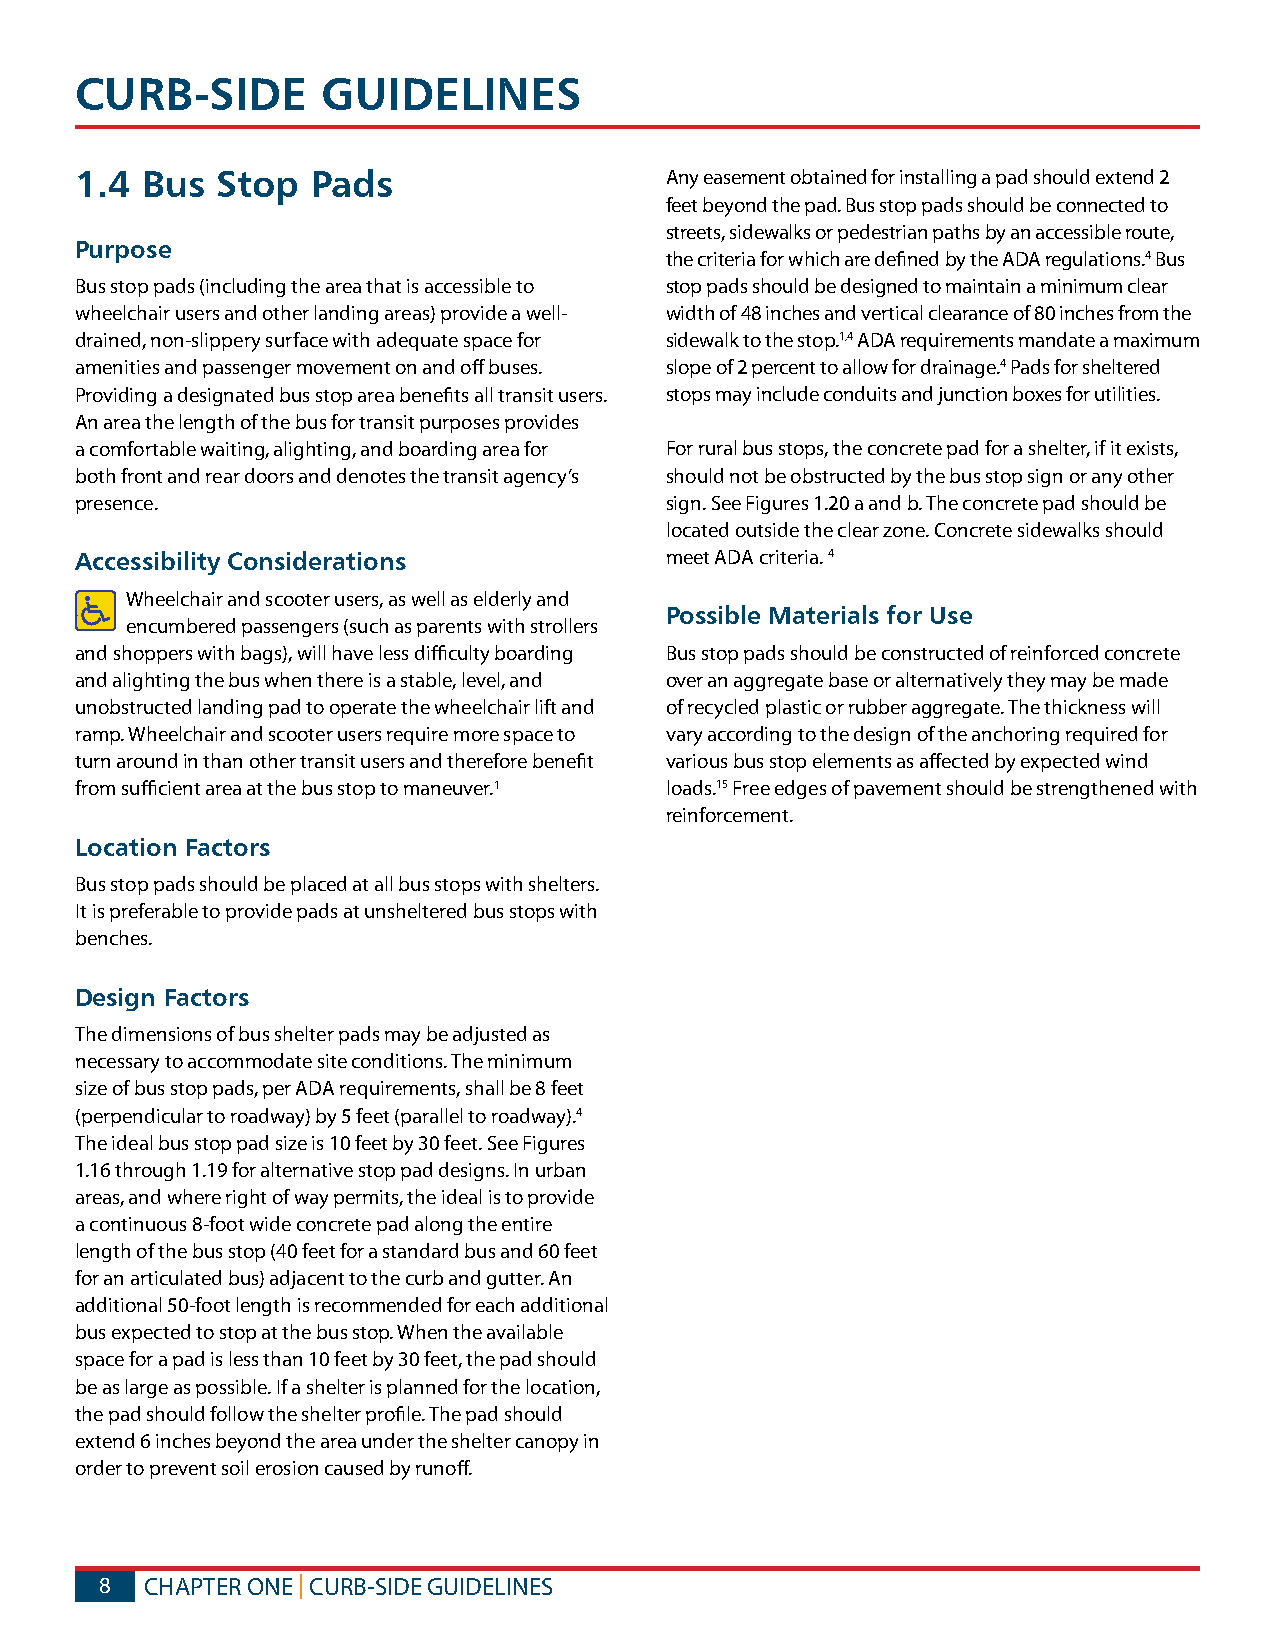
CURB-SIDE       GUIDELINES
 1.4 Bus  Stop   Pads                   Any easement obtained for installing a pad should extend 2
 feet beyond the pad. Bus stop pads should be connected to
 streets, sidewalks or pedestrian paths by an accessible route,
 Purpose
 the criteria for which are defined by the ADA regulations.4 Bus
 Bus stop pads (including the area that is accessible to stop pads should be designed to maintain a minimum clear
 wheelchair users and other landing areas) provide a well- width of 48 inches and vertical clearance of 80 inches from the
 drained, non-slippery surface with adequate space for sidewalk to the stop.1,4 ADA requirements mandate a maximum
 amenities and passenger movement on and off buses. slope of 2 percent to allow for drainage.4 Pads for sheltered
 Providing a designated bus stop area benefits all transit users. stops may include conduits and junction boxes for utilities.
 An area the length of the bus for transit purposes provides
 a comfortable waiting, alighting, and boarding area for For rural bus stops, the concrete pad for a shelter, if it exists,
 both front and rear doors and denotes the transit agency’s should not be obstructed by the bus stop sign or any other
 presence.                              sign. See Figures 1.20 a and b. The concrete pad should be
 located outside the clear zone. Concrete sidewalks should
 Accessibility Considerations           meet ADA criteria. 4
 Wheelchair and scooter users, as well as elderly and
 Possible Materials for Use
 encumbered passengers (such as parents with strollers
 and shoppers with bags), will have less difficulty boarding Bus stop pads should be constructed of reinforced concrete
 and alighting the bus when there is a stable, level, and over an aggregate base or alternatively they may be made
 unobstructed landing pad to operate the wheelchair lift and of recycled plastic or rubber aggregate. The thickness will
 ramp. Wheelchair and scooter users require more space to vary according to the design of the anchoring required for
 turn around in than other transit users and therefore benefit various bus stop elements as affected by expected wind
 from sufficient area at the bus stop to maneuver.1 loads.15 Free edges of pavement should be strengthened with
 reinforcement.
 Location Factors
 Bus stop pads should be placed at all bus stops with shelters.
 It is preferable to provide pads at unsheltered bus stops with
 benches.
 Design Factors
 The dimensions of bus shelter pads may be adjusted as
 necessary to accommodate site conditions. The minimum
 size of bus stop pads, per ADA requirements, shall be 8 feet
 (perpendicular to roadway) by 5 feet (parallel to roadway).4
 The ideal bus stop pad size is 10 feet by 30 feet. See Figures
 1.16 through 1.19 for alternative stop pad designs. In urban
 areas, and where right of way permits, the ideal is to provide
 a continuous 8-foot wide concrete pad along the entire
 length of the bus stop (40 feet for a standard bus and 60 feet
 for an articulated bus) adjacent to the curb and gutter. An
 additional 50-foot length is recommended for each additional
 bus expected to stop at the bus stop. When the available
 space for a pad is less than 10 feet by 30 feet, the pad should
 be as large as possible. If a shelter is planned for the location,
 the pad should follow the shelter profile. The pad should
 extend 6 inches beyond the area under the shelter canopy in
 order to prevent soil erosion caused by runoff.
 8  CHAPTER ONE | CURB-SIDE GUIDELINES